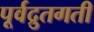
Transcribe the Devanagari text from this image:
पूर्वद्रुतगती